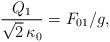
LaTeX: \begin{align*}\frac{Q_1}{\sqrt{2}\, \kappa_0} = F_{01} / g, \end{align*}